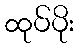
ထုပ်ပိုး